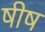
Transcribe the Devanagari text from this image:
षीष